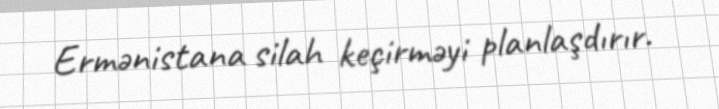
Ermənistana silah keçirməyi planlaşdırır.